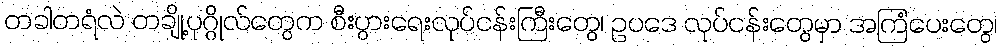
တခါတရံလဲ တချို့ပုဂ္ဂိုလ်တွေက စီးပွားရေးလုပ်ငန်းကြီးတွေ၊ ဥပဒေ လုပ်ငန်းတွေမှာ အကြံပေးတွေ၊